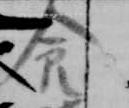
食